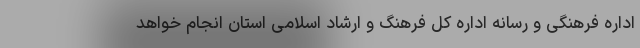
اداره فرهنگی و رسانه اداره کل فرهنگ و ارشاد اسلامی استان انجام خواهد